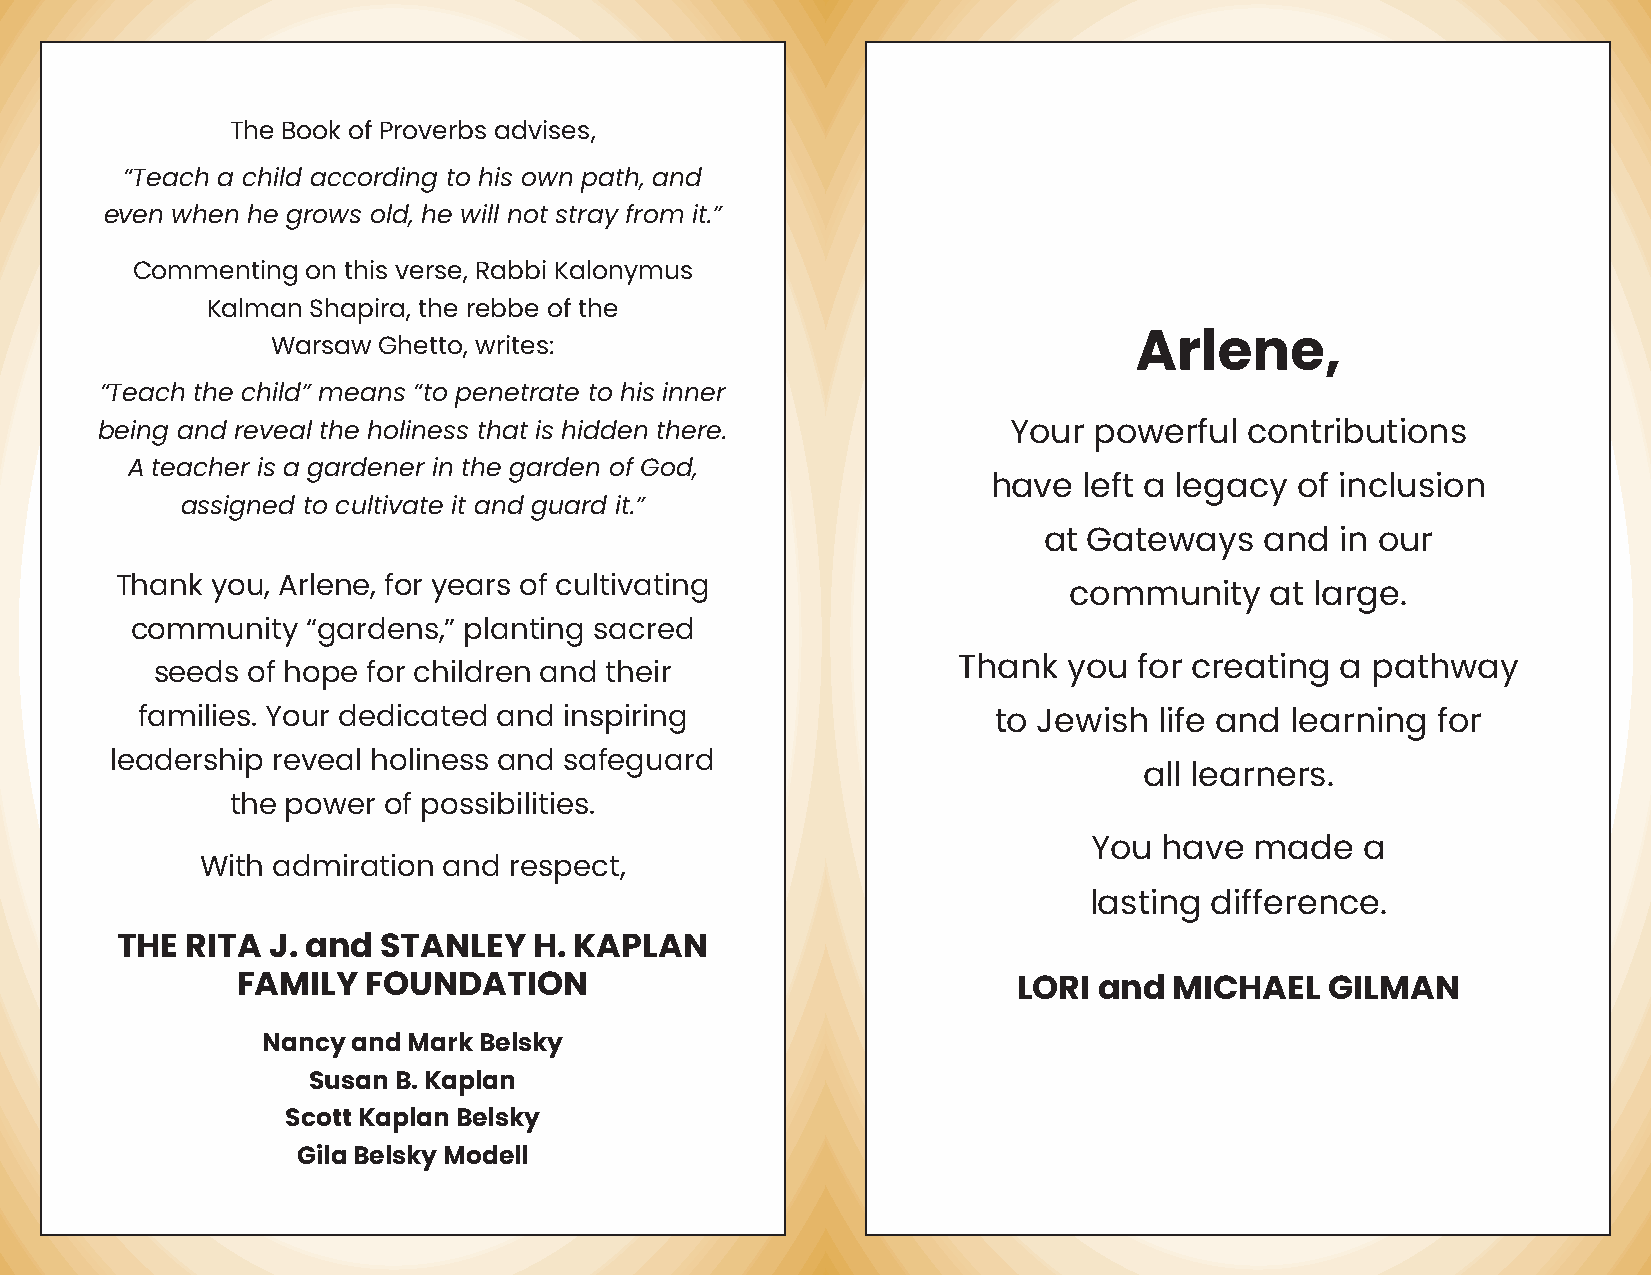
The Book of Proverbs advises,
 “Teach a child according to his own path, and
 even when he grows old, he will not stray from it.”
 Commenting on this verse, Rabbi Kalonymus
 Kalman Shapira, the rebbe of the
 Warsaw Ghetto, writes:                                   Arlene,
 “Teach the child” means “to penetrate to his inner
 being and reveal the holiness that is hidden there.          Your powerful   contributions
 A teacher is a gardener in the garden of God,
 have  left a legacy of inclusion
 assigned to cultivate it and guard it.”
 at Gateways    and  in our
 Thank you, Arlene, for years of cultivating
 community    at large.
 community  “gardens,” planting sacred
 seeds of hope for children and their                 Thank   you for creating  a pathway
 families. Your dedicated and inspiring                   to Jewish  life and learning for
 leadership reveal holiness and safeguard
 all learners.
 the power of possibilities.
 You  have  made   a
 With admiration and  respect,
 lasting difference.
 THE RITA  J. and STANLEY   H. KAPLAN
 FAMILY  FOUNDATION                                 LORI  and  MICHAEL   GILMAN
 Nancy and Mark Belsky
 Susan B. Kaplan
 Scott Kaplan Belsky
 Gila Belsky Modell